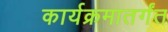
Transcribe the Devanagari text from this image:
कार्यक्रमातर्गंत